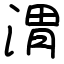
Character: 渭